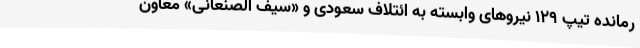
رمانده تیپ ۱۲۹ نیروهای وابسته به ائتلاف سعودی و «سیف الصنعانی» معاون